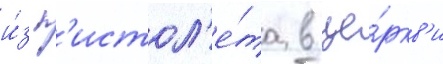
и́з п'истол'е́та в це́ркв'и